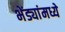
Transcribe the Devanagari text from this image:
भेंड्यांमध्ये